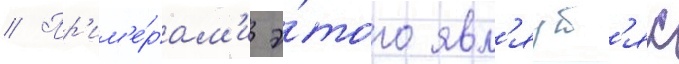
// Пр'им'е́рам'и э́того явл'яут'яс